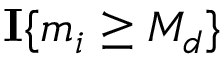
\mathbb { \mathbf { I } } \{ m _ { i } \geq M _ { d } \}